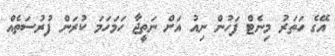
އޭގެ ހަތަރު މިނެޓް ފަހުން ނިއު އަށް ނަތީޖާ ހަމަހަމަ ކުރަން ފުރުސަތެއް